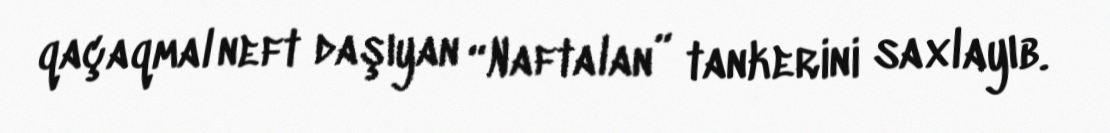
qaçaqmal neft daşıyan “Naftalan” tankerini saxlayıb.